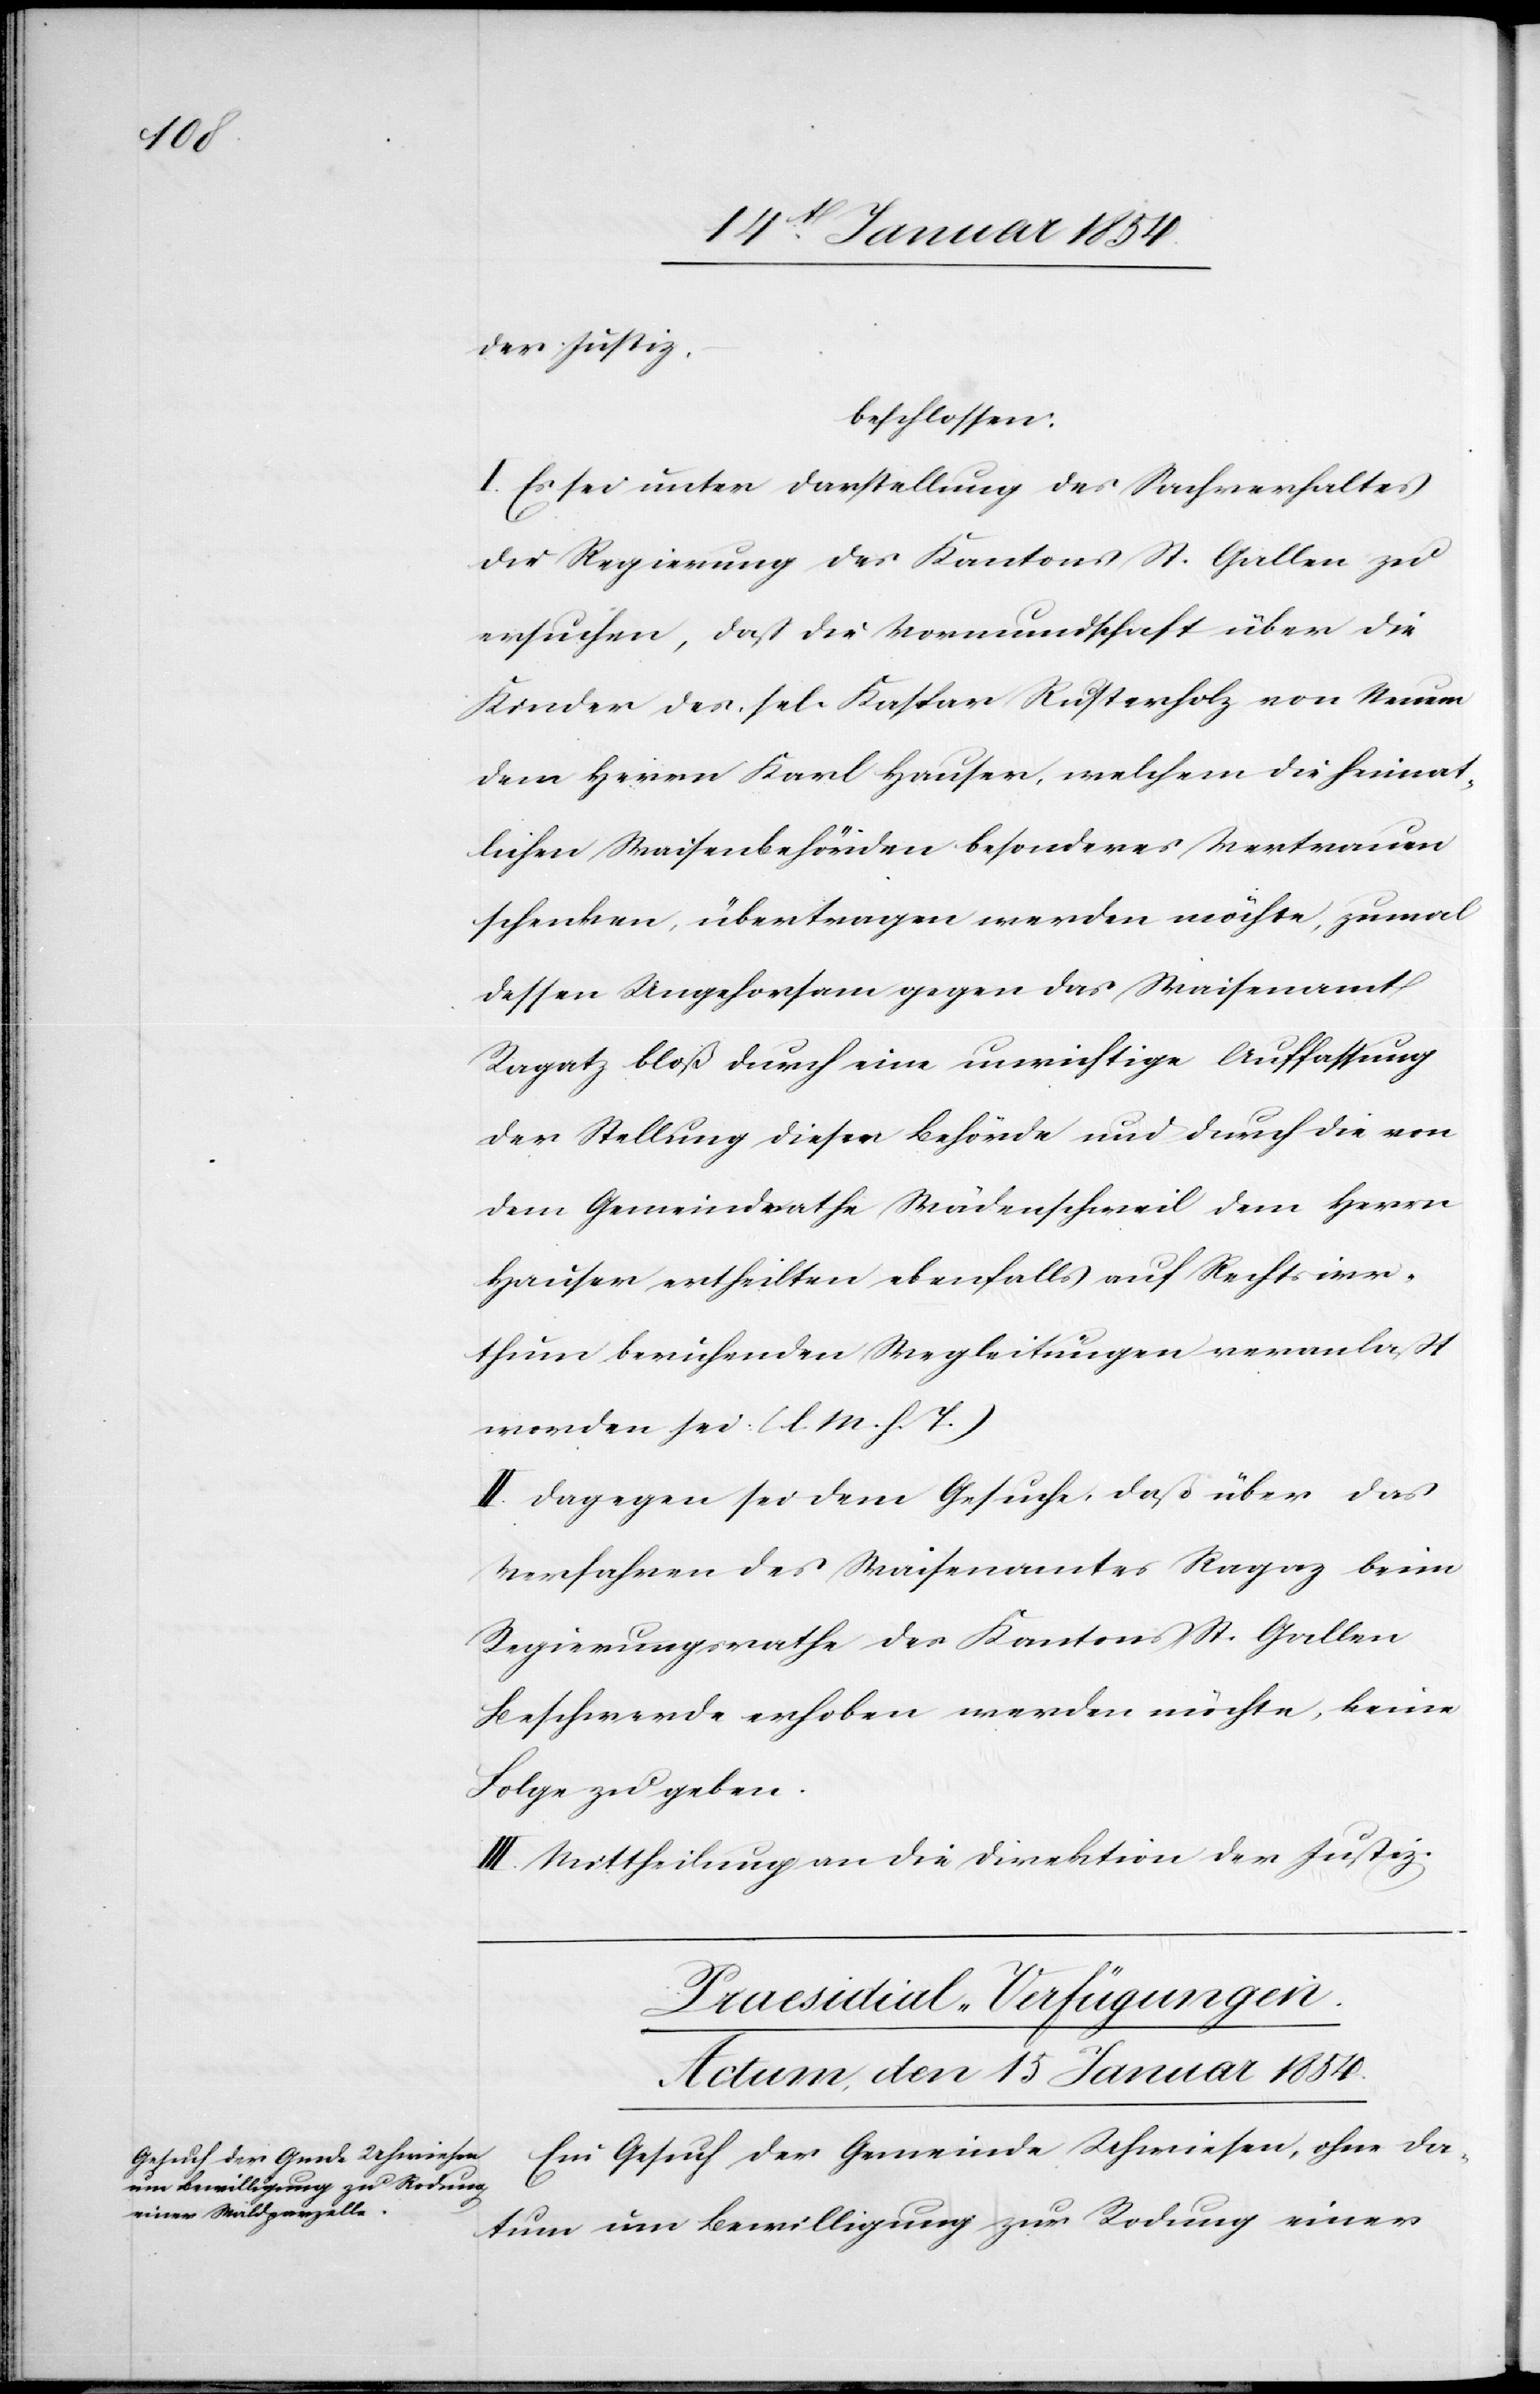
der Justiz,
beschlossen:
I. Es sei unter Darstellung des Sachverhaltes
der Regierung des Kantons St. Gallen zu
ersuchen, daß die Vormundschaft über die
Kinder des sel. Kaspar Rusterholz von Neuem
dem Herrn Karl Hauser, welchem die heimat¬
lichen Waisenbehörden besonderes Vertrauen
schenken, übertragen werden möchte, zumal
dessen Ungehorsam gegen das Waisenamt
Ragatz bloß durch eine unrichtige Auffassung
der Stellung dieser Behörde und durch die von
dem Gemeindrathe Wädenschweil dem Herrn
Hauser ertheilten ebenfalls auf Rechtsirr¬
thum beruhenden Wegleitungen veranlaßt
worden sei. (l. M. h. T.)
II. Dagegen sei dem Gesuche, daß bei dem
Verfahren des Waisenamtes Ragaz beim
Regierungsrathe des Kantons St. Gallen
Beschwerde erhoben werden möchte, keine
Folge zu geben.
III. Mittheilungen an die Direktion der Justiz.
Praesidial-Verfügungen.
Actum, den 15 Januar 1854.
Ein Gesuch der Gemeinde Uhwiesen, ohne Da¬
tum um Bewilligung zur Rodung einer